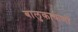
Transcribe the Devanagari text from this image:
बालुकाकणों